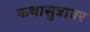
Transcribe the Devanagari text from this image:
कथासुत्रावर